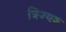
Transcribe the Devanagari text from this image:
त्रिज्यक